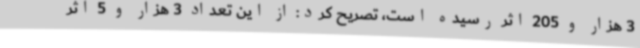
3 هزار و 205 اثر رسیده است، تصریح کرد: از این تعداد 3 هزار و 5 اثر